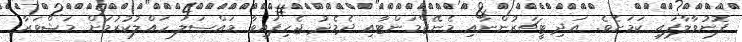
ފޮނުވާލާފައި ކަމަށެވެ. އަދި ޓީޗަރުންނާއި މެނޭޖްމަންޓާއި ދެމެދު ޖެހިފައިވާ މައްސަލަ ހައްލުކުރުމަށް މަޝްވަރާ